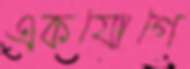
একযোগে